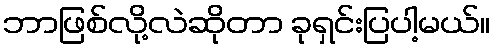
ဘာဖြစ်လို့လဲဆိုတာ ခုရှင်းပြပါ့မယ်။